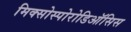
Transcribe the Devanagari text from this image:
मिक्सोस्पोरोडिऑसिस